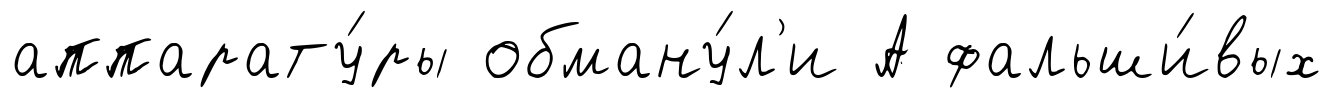
аппарату́ры обману́л'и А фальши́вых